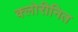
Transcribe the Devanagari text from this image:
क्लोरीनित